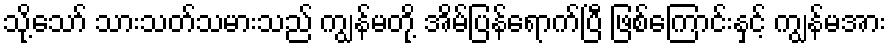
သို့သော် သားသတ်သမားသည် ကျွန်မတို့ အိမ်ပြန်ရောက်ပြီ ဖြစ်ကြောင်းနှင့် ကျွန်မအား